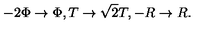
- 2 \Phi \rightarrow \Phi , T \rightarrow \sqrt 2 T , - R \rightarrow R .